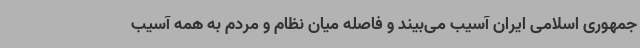
جمهوری اسلامی ایران آسیب می‌بیند و فاصله میان نظام و مردم به همه آسیب